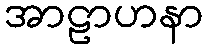
အာဠာဟနာ